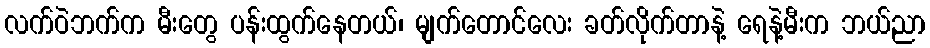
လက်ဝဲဘက်က မီးတွေ ပန်းထွက်နေတယ်၊ မျက်တောင်လေး ခတ်လိုက်တာနဲ့ ရေနဲ့မီးက ဘယ်,ညာ